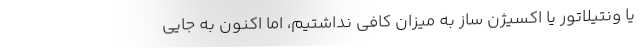
یا ونتیلاتور یا اکسیژن ساز به میزان کافی نداشتیم، اما اکنون به جایی